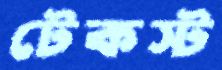
টেকস্ট